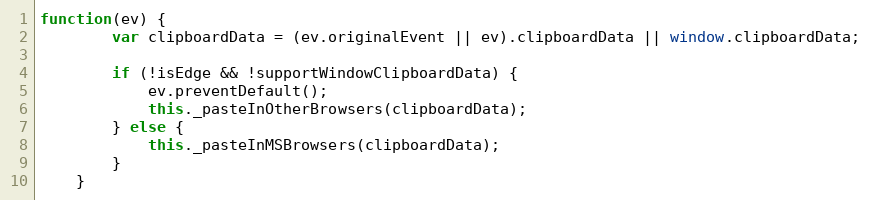
Language: JavaScript
function(ev) {
        var clipboardData = (ev.originalEvent || ev).clipboardData || window.clipboardData;

        if (!isEdge && !supportWindowClipboardData) {
            ev.preventDefault();
            this._pasteInOtherBrowsers(clipboardData);
        } else {
            this._pasteInMSBrowsers(clipboardData);
        }
    }